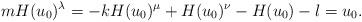
LaTeX: \begin{align*}mH(u_0)^{\lambda}=-kH(u_0)^{\mu}+H(u_0)^{\nu}-H(u_0)-l=u_0.\end{align*}